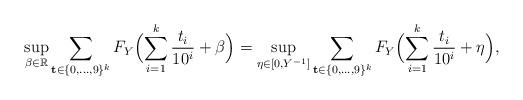
LaTeX: \begin{align*}\sup_{\beta\in\mathbb{R}}\sum_{\mathbf{t}\in\{0,\dots,9\}^k}F_Y\Bigl(\sum_{i=1}^{k}\frac{t_i}{10^i}+\beta\Bigr)=\sup_{\eta\in[0,Y^{-1}]}\sum_{\mathbf{t}\in\{0,\dots,9\}^k}F_Y\Bigl(\sum_{i=1}^{k}\frac{t_i}{10^i}+\eta\Bigr),\end{align*}